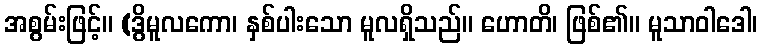
အစွမ်းဖြင့်။ (ဒွိမူလကော၊ နှစ်ပါးသော မူလရှိသည်။ ဟောတိ၊ ဖြစ်၏။ မူသာဝါဒေါ၊